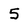
Character: 5